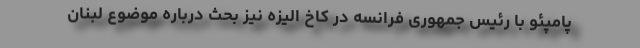
پامپئو با رئیس جمهوری فرانسه در کاخ الیزه نیز بحث درباره موضوع لبنان